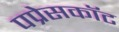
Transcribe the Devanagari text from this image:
पप्रेसकॉट